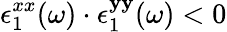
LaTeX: \epsilon_{1}^{xx}(\omega)\cdot\epsilon_{1}^{\mathbf{y}\mathbf{y}}(\omega)<0